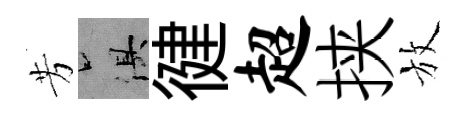
芳俱徤超挟放